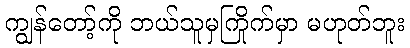
ကျွန်တော့်ကို ဘယ်သူမှကြိုက်မှာ မဟုတ်ဘူး